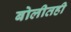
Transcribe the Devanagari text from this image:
बोलीतही